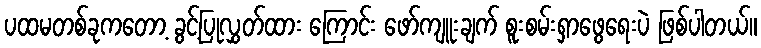
ပထမတစ်ခုကတော့ ခွင့်ပြုလွှတ်ထား ကြောင်း ဖော်ကျူးချက် စူးစမ်းရှာဖွေရေးပဲ ဖြစ်ပါတယ်။